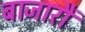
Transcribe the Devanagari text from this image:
बाजारौं